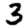
Digit: 3